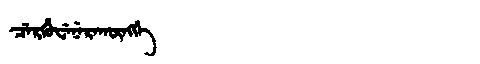
Manchu: ᠴᡝᡵᡥᡠᠸᡝᠨᡝᡵᠠᡴᡡᠩᡤᡝ
Romanization: CERHUWENERAKŪNGGE